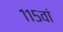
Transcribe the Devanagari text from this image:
११५वां